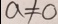
a \neq 0